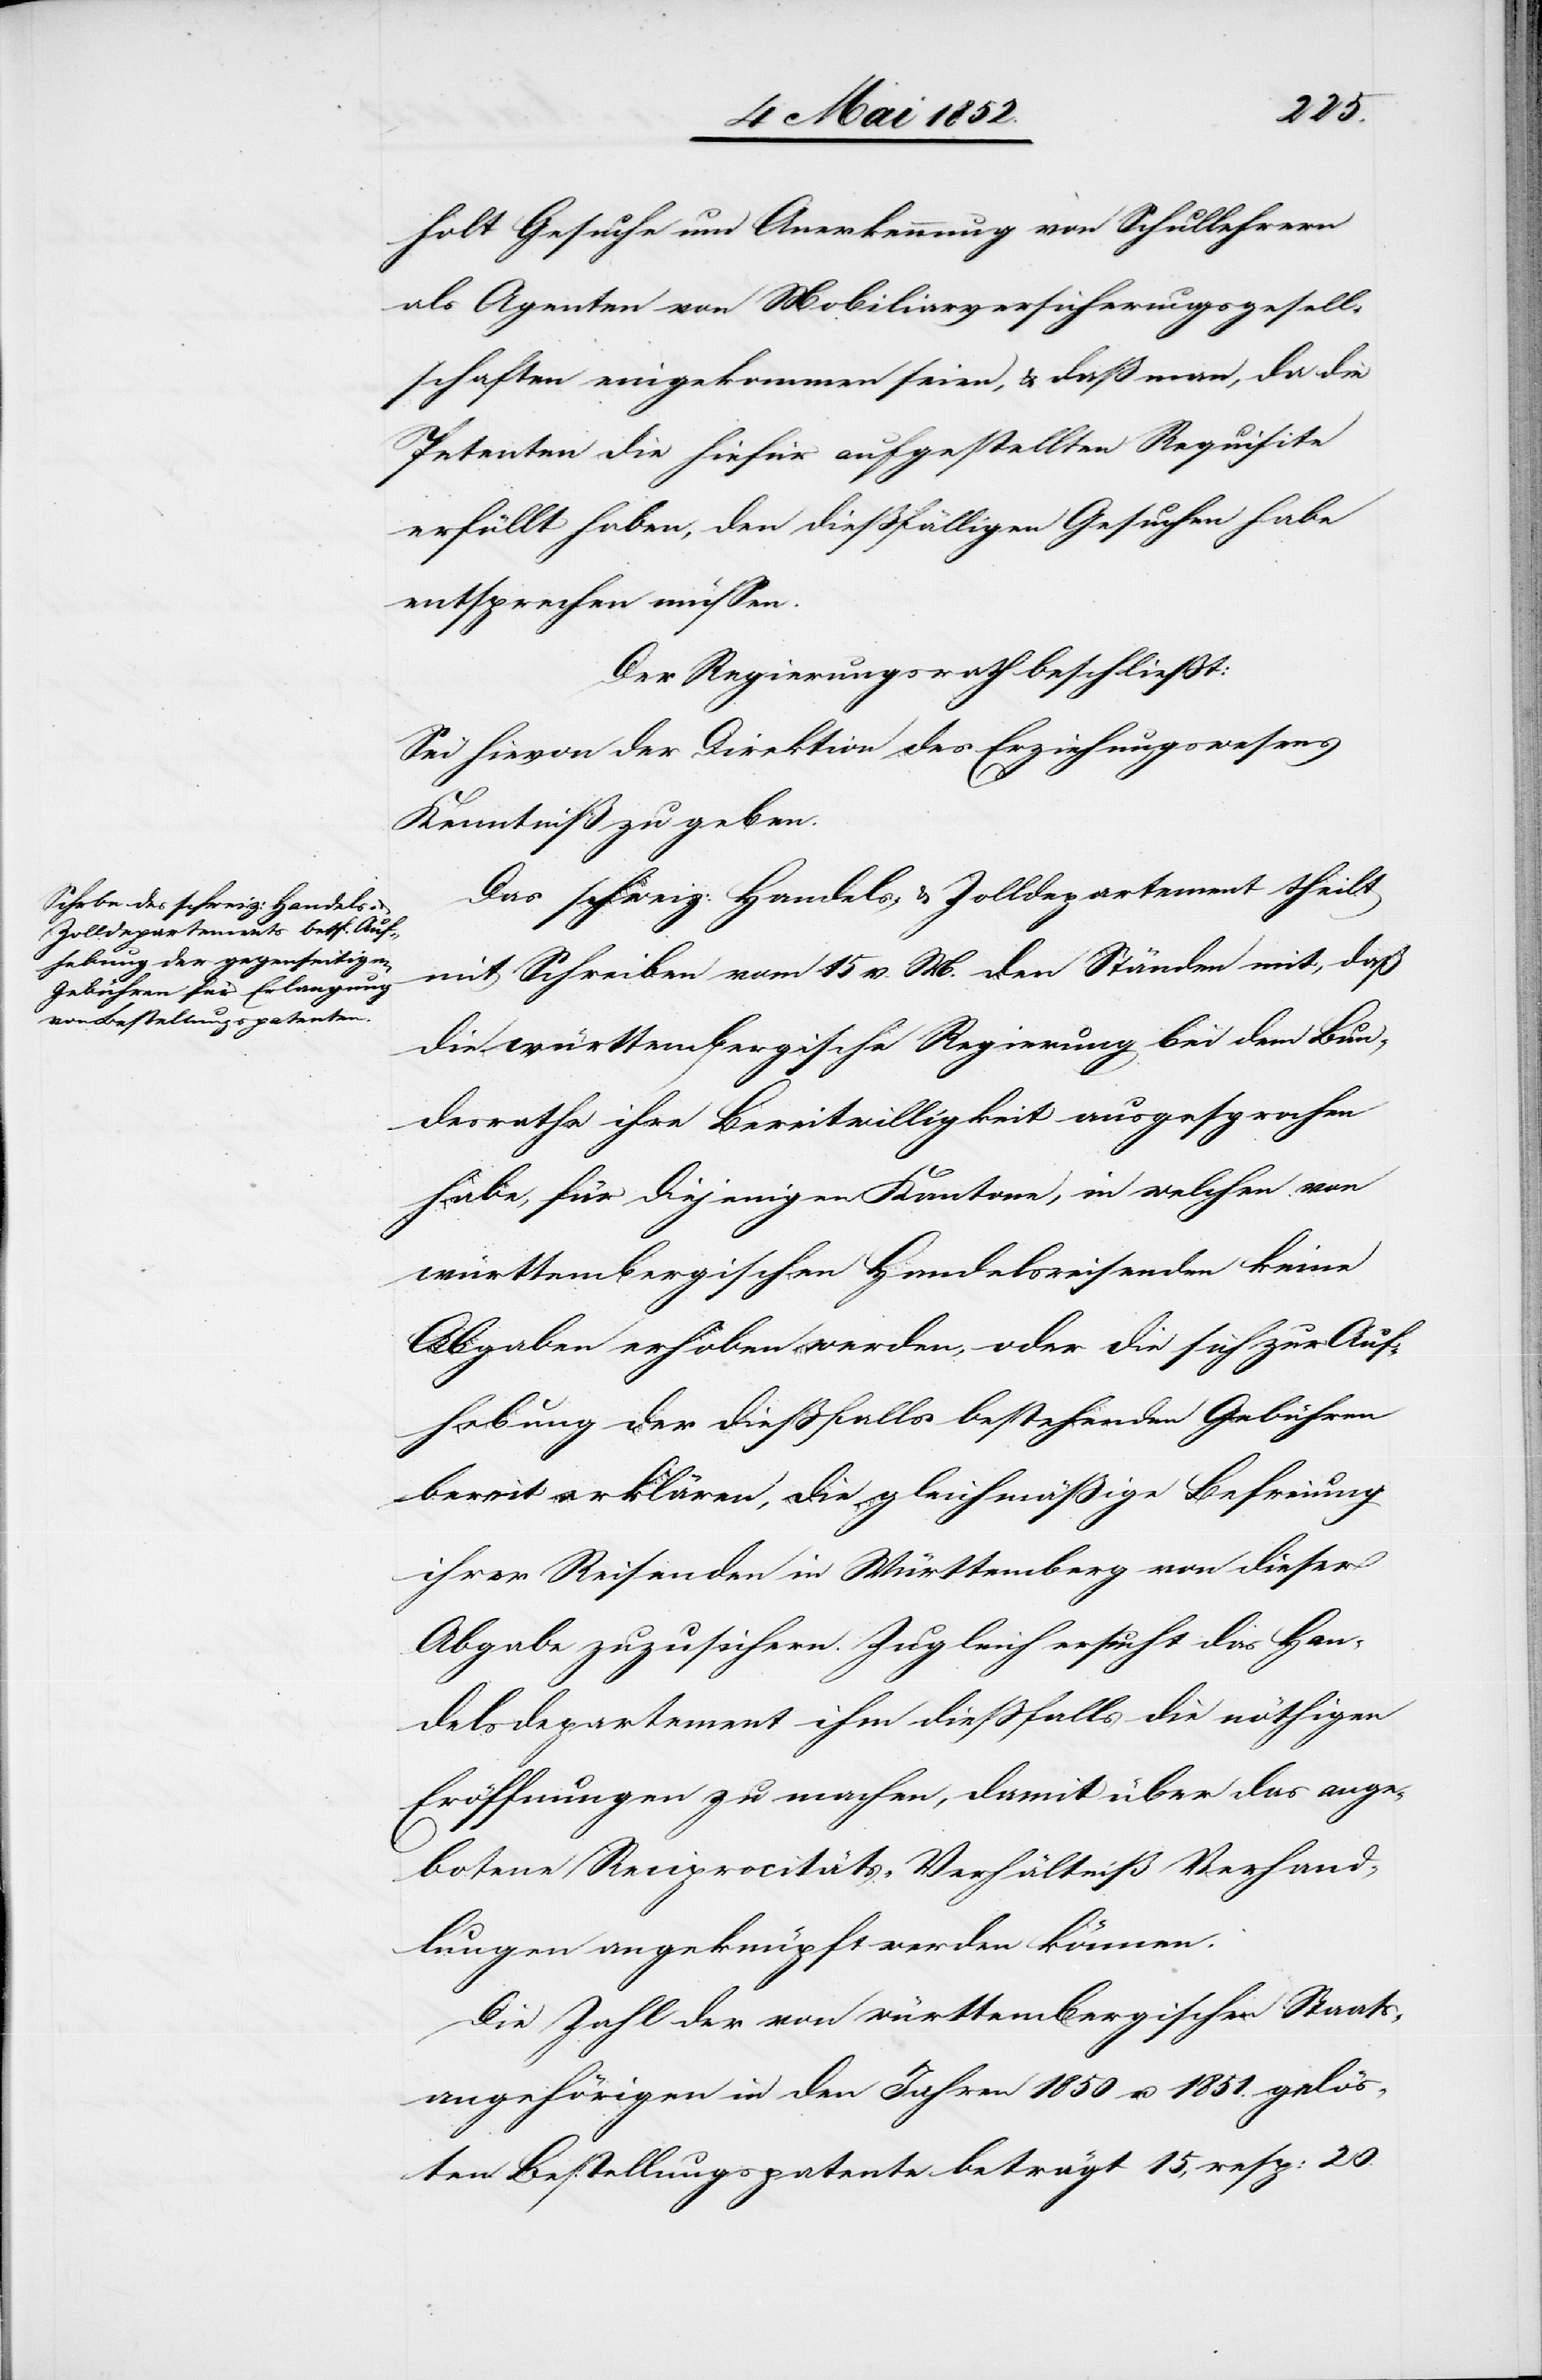
holt Gesuche um Anerkennung von Schullehrern
als Agenten von Mobiliarversicherungsgesell¬
schaften eingekommen seien, & daß man, da die
Petenten die hiefür aufgestellten Requisite
erfüllt haben, den diessfälligen Gesuchen habe
entsprechen müssen.
Der Regierungsrath beschliesst:
Sei hievon der Direktion des Erziehungswesens
Kenntniß zu geben.
Das schweiz: Handels- & Zolldepartement theilt
mit Schreiben vom 15 v. M. den Ständen mit, daß
die württembergische Regierung bei dem Bun¬
desrathe ihre Bereitwilligkeit ausgesprochen
habe, für diejenigen Kantone, in welchen von
württembergischen Handelsreisenden keine
Abgaben erhoben werden, oder die sich zur Auf¬
hebung der diessfalls bestehenden Gebühren
bereit erklären, die gleichmäßige Befreiung
ihrer Reisenden in Württemberg von dieser
Abgabe zuzusichern. Zugleich ersucht das Han¬
delsdepartement ihm diessfalls die nöthigen
Eröffnungen zu machen, damit über das ange¬
botene Reciprocitäts-Verhältniß Verhand¬
lungen angeknüpft werden können.
Die Zahl der von württembergischen Staats¬
angehörigen in den Jahren 1850 u. 1851. gelös¬
ten Bestellungspatente beträgt 15, resp: 20.